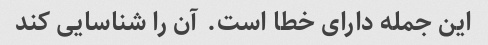
این جمله دارای خطا است. آن را شناسایی کند